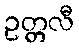
ဥတ္တလီ